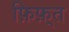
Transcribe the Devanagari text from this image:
फ़िफ़्त